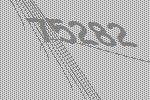
75282